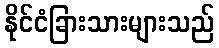
နိုင်ငံခြားသားများသည်